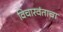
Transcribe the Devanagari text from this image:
विचारवंताचा